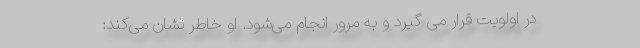
در اولویت قرار می گیرد و به مرور انجام می‌شود. او خاطر نشان می‌کند: